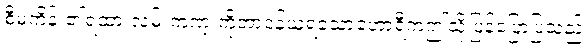
စီမံကိန်း၏ရထားလမ်းကဏ္ ကိုတာဝန်ယူရသောဟောရီကဤသို့ပြန်ပြောပြသည်